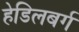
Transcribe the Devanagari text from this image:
हेडिलबर्ग